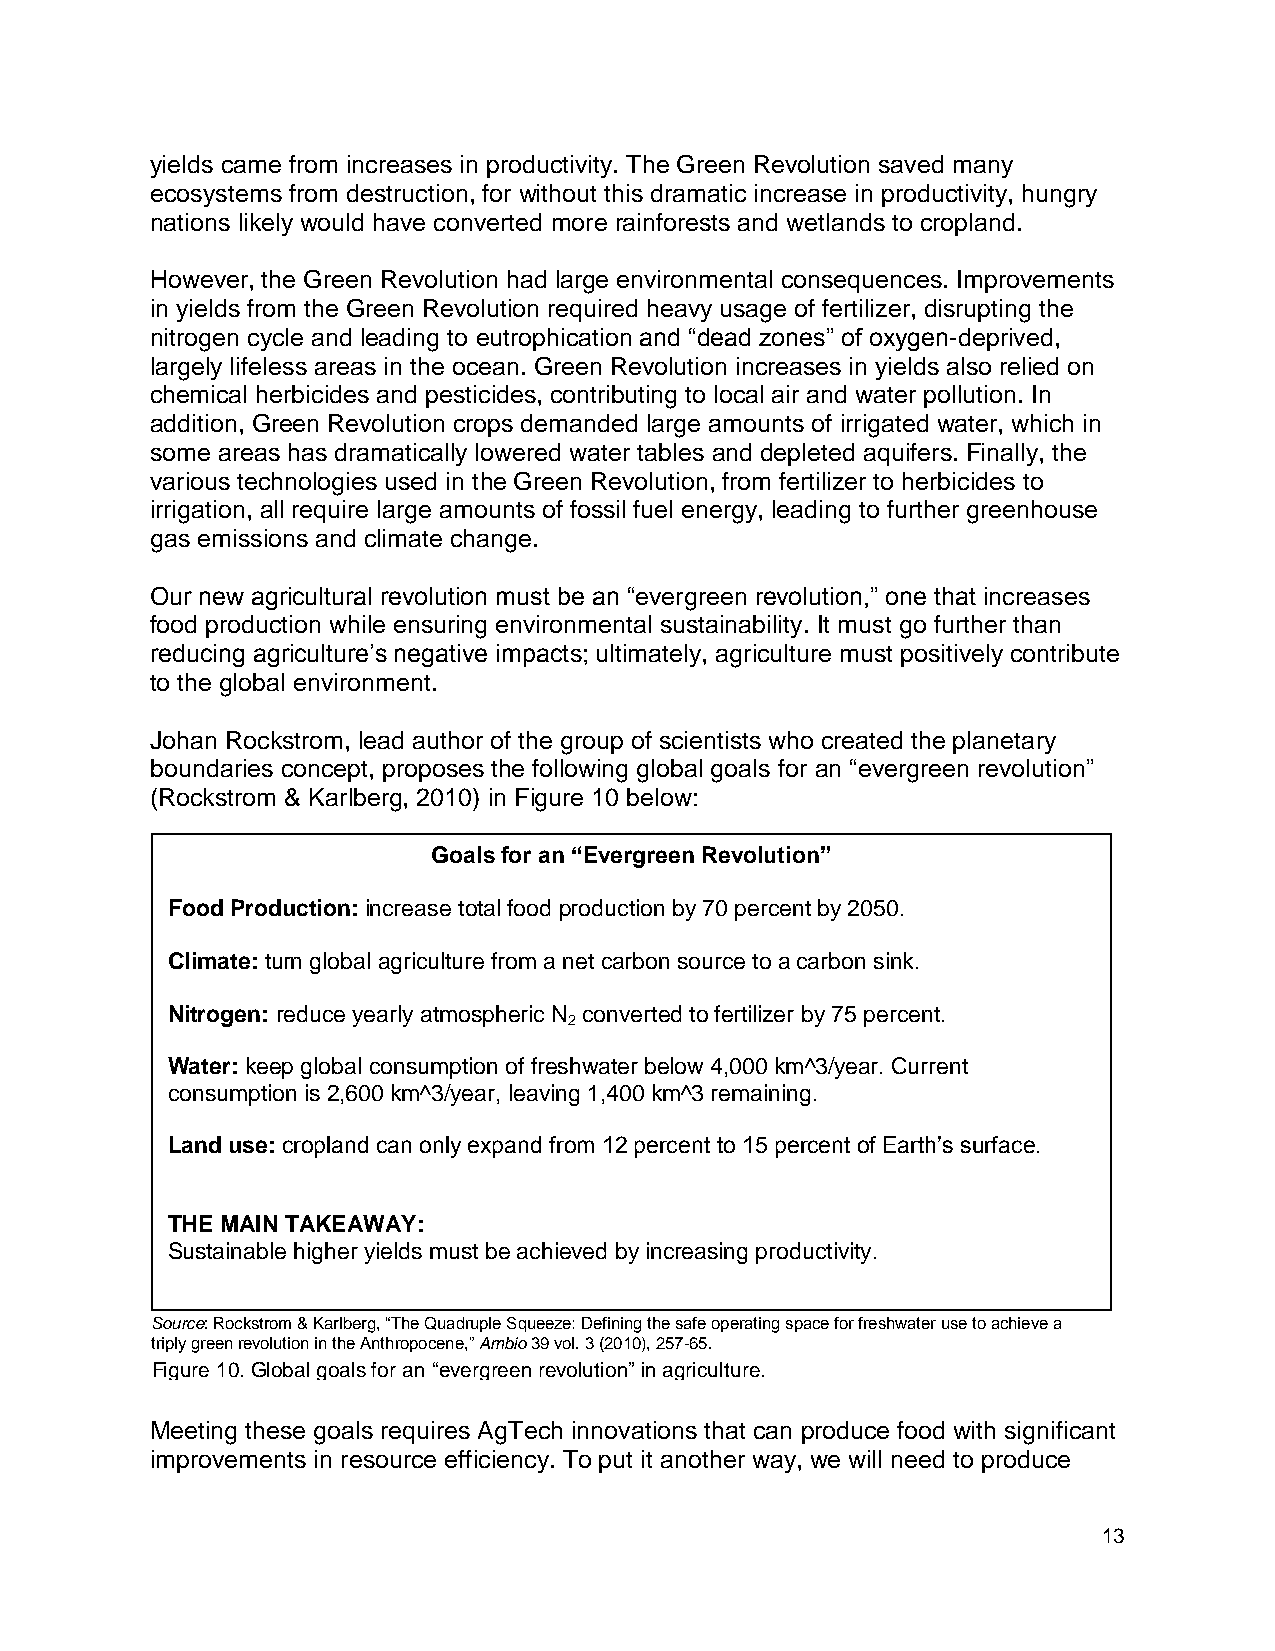
yields came from increases in productivity. The Green Revolution saved many
 ecosystems from destruction, for without this dramatic increase in productivity, hungry
 nations likely would have converted more rainforests and wetlands to cropland.
 However, the Green Revolution had large environmental consequences. Improvements
 in yields from the Green Revolution required heavy usage of fertilizer, disrupting the
 nitrogen cycle and leading to eutrophication and “dead zones” of oxygen-deprived,
 largely lifeless areas in the ocean. Green Revolution increases in yields also relied on
 chemical herbicides and pesticides, contributing to local air and water pollution. In
 addition, Green Revolution crops demanded large amounts of irrigated water, which in
 some areas has dramatically lowered water tables and depleted aquifers. Finally, the
 various technologies used in the Green Revolution, from fertilizer to herbicides to
 irrigation, all require large amounts of fossil fuel energy, leading to further greenhouse
 gas emissions and climate change.
 Our new agricultural revolution must be an “evergreen revolution,” one that increases
 food production while ensuring environmental sustainability. It must go further than
 reducing agriculture’s negative impacts; ultimately, agriculture must positively contribute
 to the global environment.
 Johan Rockstrom, lead author of the group of scientists who created the planetary
 boundaries concept, proposes the following global goals for an “evergreen revolution”
 (Rockstrom & Karlberg, 2010) in Figure 10 below:
 Goals for an “Evergreen Revolution”
 Food Production: increase total food production by 70 percent by 2050.
 Climate: turn global agriculture from a net carbon source to a carbon sink.
 Nitrogen: reduce yearly atmospheric N converted to fertilizer by 75 percent.
 2
 Water: keep global consumption of freshwater below 4,000 km^3/year. Current
 consumption is 2,600 km^3/year, leaving 1,400 km^3 remaining.
 Land use: cropland can only expand from 12 percent to 15 percent of Earth’s surface.
 THE MAIN TAKEAWAY:
 Sustainable higher yields must be achieved by increasing productivity.
 Source: Rockstrom & Karlberg, “The Quadruple Squeeze: Defining the safe operating space for freshwater use to achieve a
 triply green revolution in the Anthropocene,” Ambio 39 vol. 3 (2010), 257-65.
 Figure 10. Global goals for an “evergreen revolution” in agriculture.
 Meeting these goals requires AgTech innovations that can produce food with significant
 improvements in resource efficiency. To put it another way, we will need to produce
 13